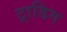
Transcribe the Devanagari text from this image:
ट्राडिग